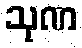
သုဏ